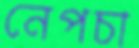
নেপচা